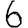
Digit: 6